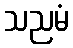
သညမံ